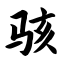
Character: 骇